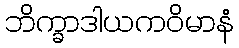
ဘိက္ခာဒါယကဝိမာနံ